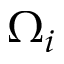
\Omega _ { i }